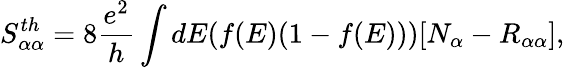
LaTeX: {S_{\alpha\alpha}^{th}}=8\frac{e^{2}}{h}\int dE(f(E)(1-f(E)))[N_{\alpha}-R_{\alpha\alpha}],